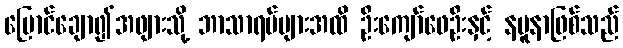
ပြောင်ချော၍အဖျားသို့ ဘာသာရပ်များအထိ ဦးကျော်ဖေဦးနှင့် နမူနာဖြစ်သည်